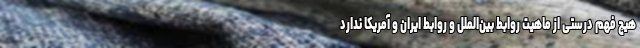
هیچ فهم درستی از ماهیت روابط بین‌الملل و روابط ایران و آمریکا ندارد